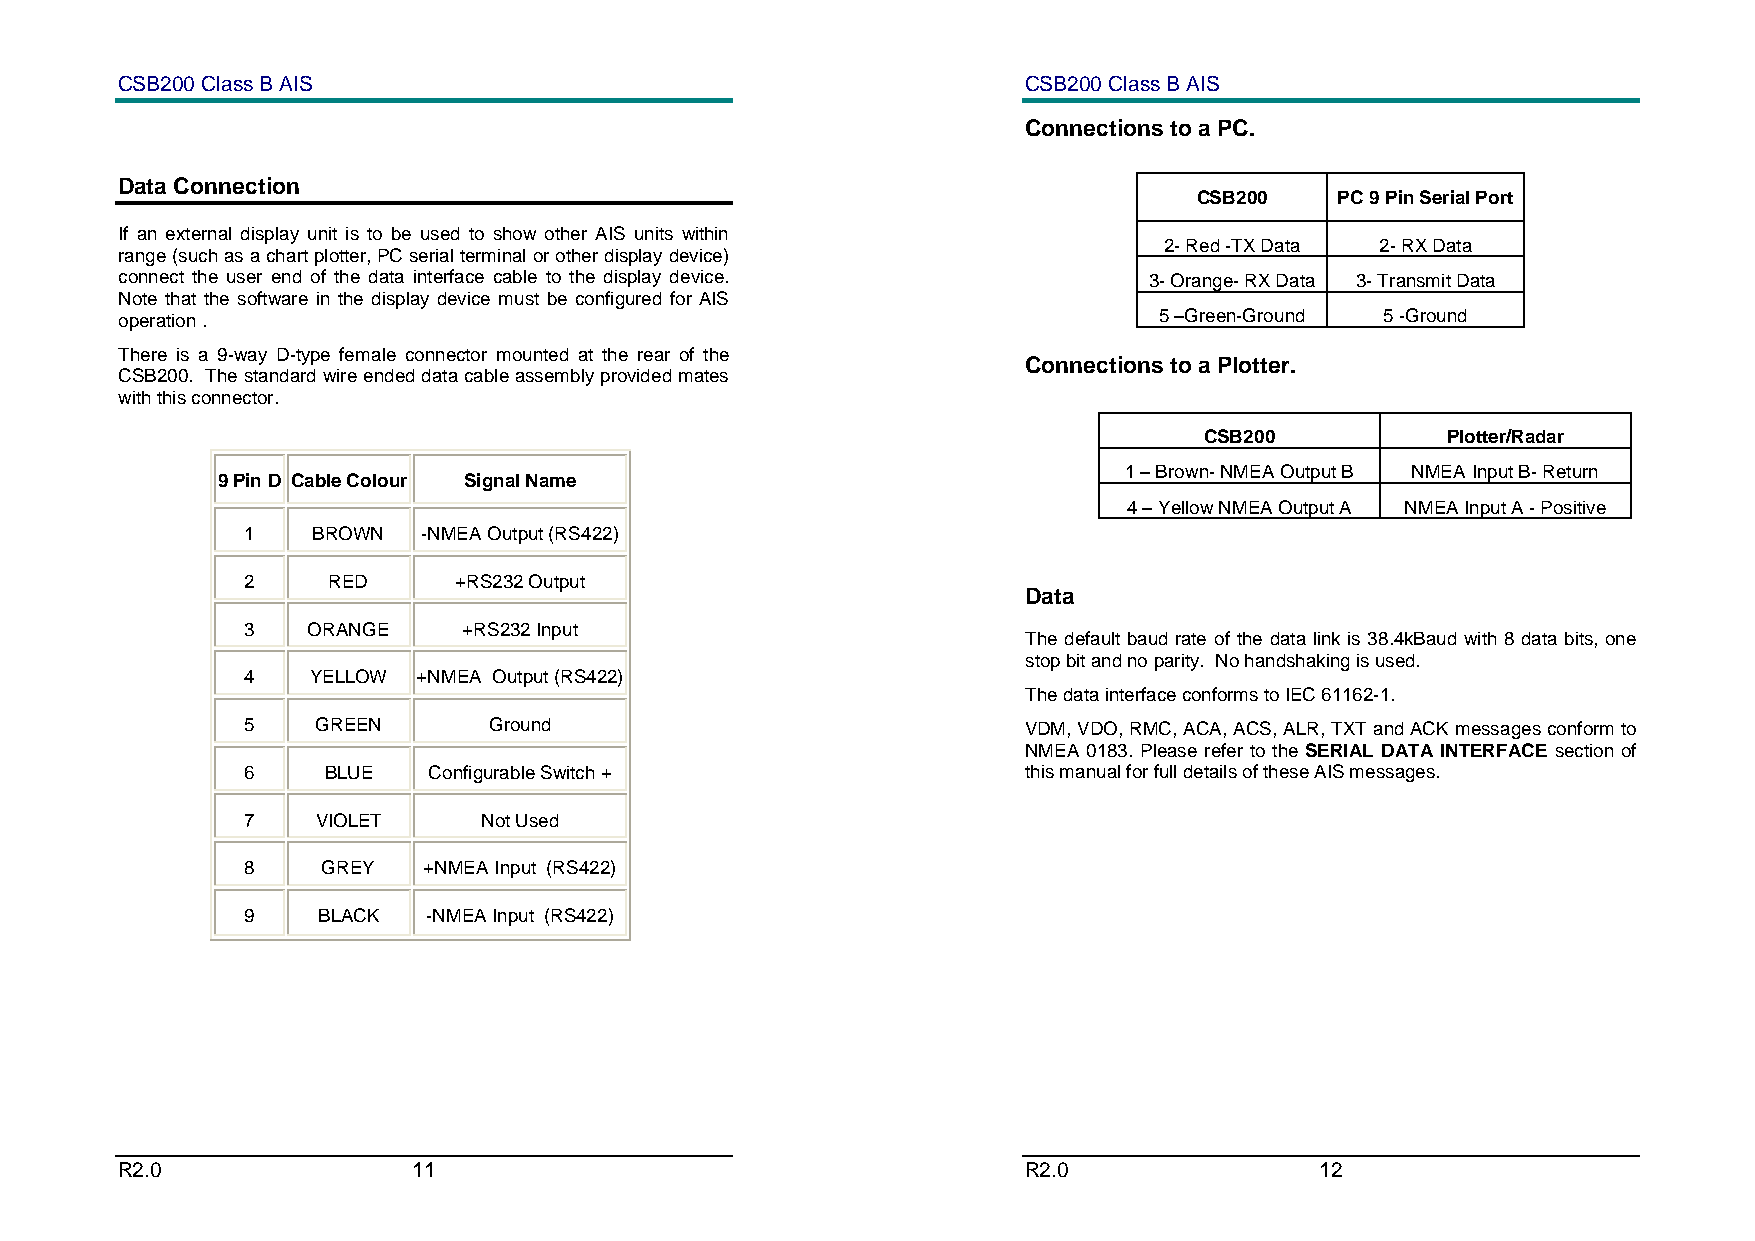
CSB200 Class B AIS                                          CSB200 Class B AIS
 Connections to a PC.
 Data Connection
 CSB200    PC 9 Pin Serial Port
 If an external display unit is to be used to show other AIS units within
 2- Red -TX Data 2- RX Data
 range (such as a chart plotter, PC serial terminal or other display device)
 connect the user end of the data interface cable to the display device. 3- Orange- RX Data 3- Transmit Data
 Note that the software in the display device must be configured for AIS
 operation .                                                          5 –Green-Ground 5 -Ground
 There is a 9-way D-type female connector mounted at the rear of the
 Connections to a Plotter.
 CSB200. The standard wire ended data cable assembly provided mates
 with this connector.
 CSB200          Plotter/Radar
 1 – Brown- NMEA Output B NMEA Input B- Return
 9 Pin D Cable Colour Signal Name
 4 – Yellow NMEA Output A NMEA Input A - Positive
 1    BROWN  -NMEA Output (RS422)
 2     RED     +RS232 Output
 Data
 3   ORANGE     +RS232 Input
 The default baud rate of the data link is 38.4kBaud with 8 data bits, one
 stop bit and no parity. No handshaking is used.
 4    YELLOW +NMEA Output (RS422)
 The data interface conforms to IEC 61162-1.
 5    GREEN      Ground                              VDM, VDO, RMC, ACA, ACS, ALR, TXT and ACK messages conform to
 NMEA 0183. Please refer to the SERIAL DATA INTERFACE section of
 6    BLUE   Configurable Switch +                   this manual for full details of these AIS messages.
 7    VIOLET     Not Used
 8    GREY   +NMEA Input (RS422)
 9    BLACK  -NMEA Input (RS422)
 R2.0               11                                       R2.0               12